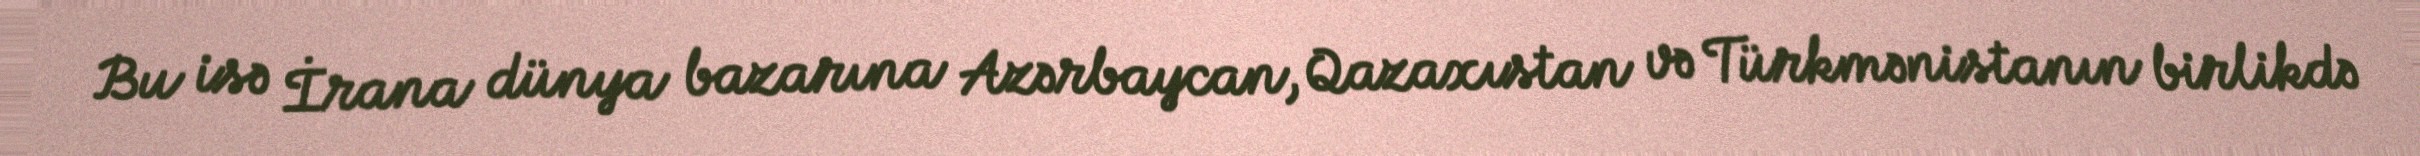
Bu isə İrana dünya bazarına Azərbaycan, Qazaxıstan və Türkmənistanın birlikdə